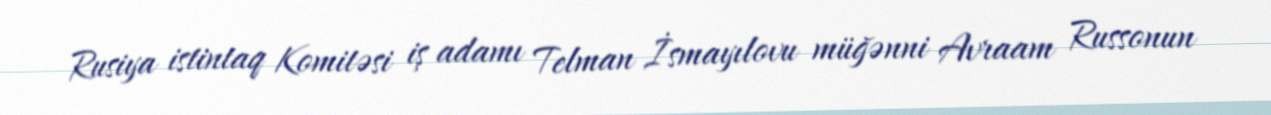
Rusiya istintaq Komitəsi iş adamı Telman İsmayılovu müğənni Avraam Russonun